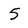
Character: 5